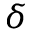
\delta